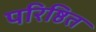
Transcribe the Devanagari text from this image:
परिष्ठित